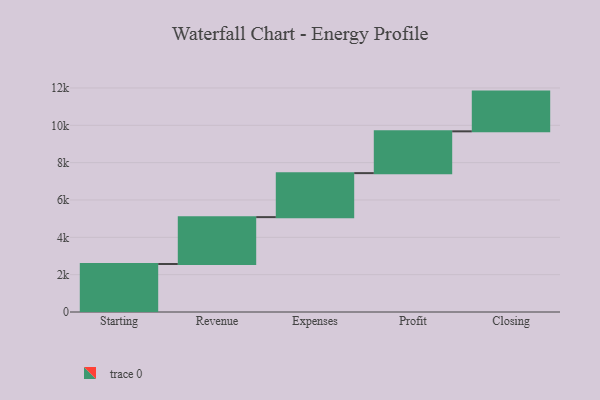
{"axis": {"x": "Step", "y": "Value"}, "legend": [""], "data": [{"x": "Starting", "y": 2570.0, "type": ""}, {"x": "Revenue", "y": 2512.0, "type": ""}, {"x": "Expenses", "y": 2357.0, "type": ""}, {"x": "Profit", "y": 2239.0, "type": ""}, {"x": "Closing", "y": 2128.0, "type": ""}]}